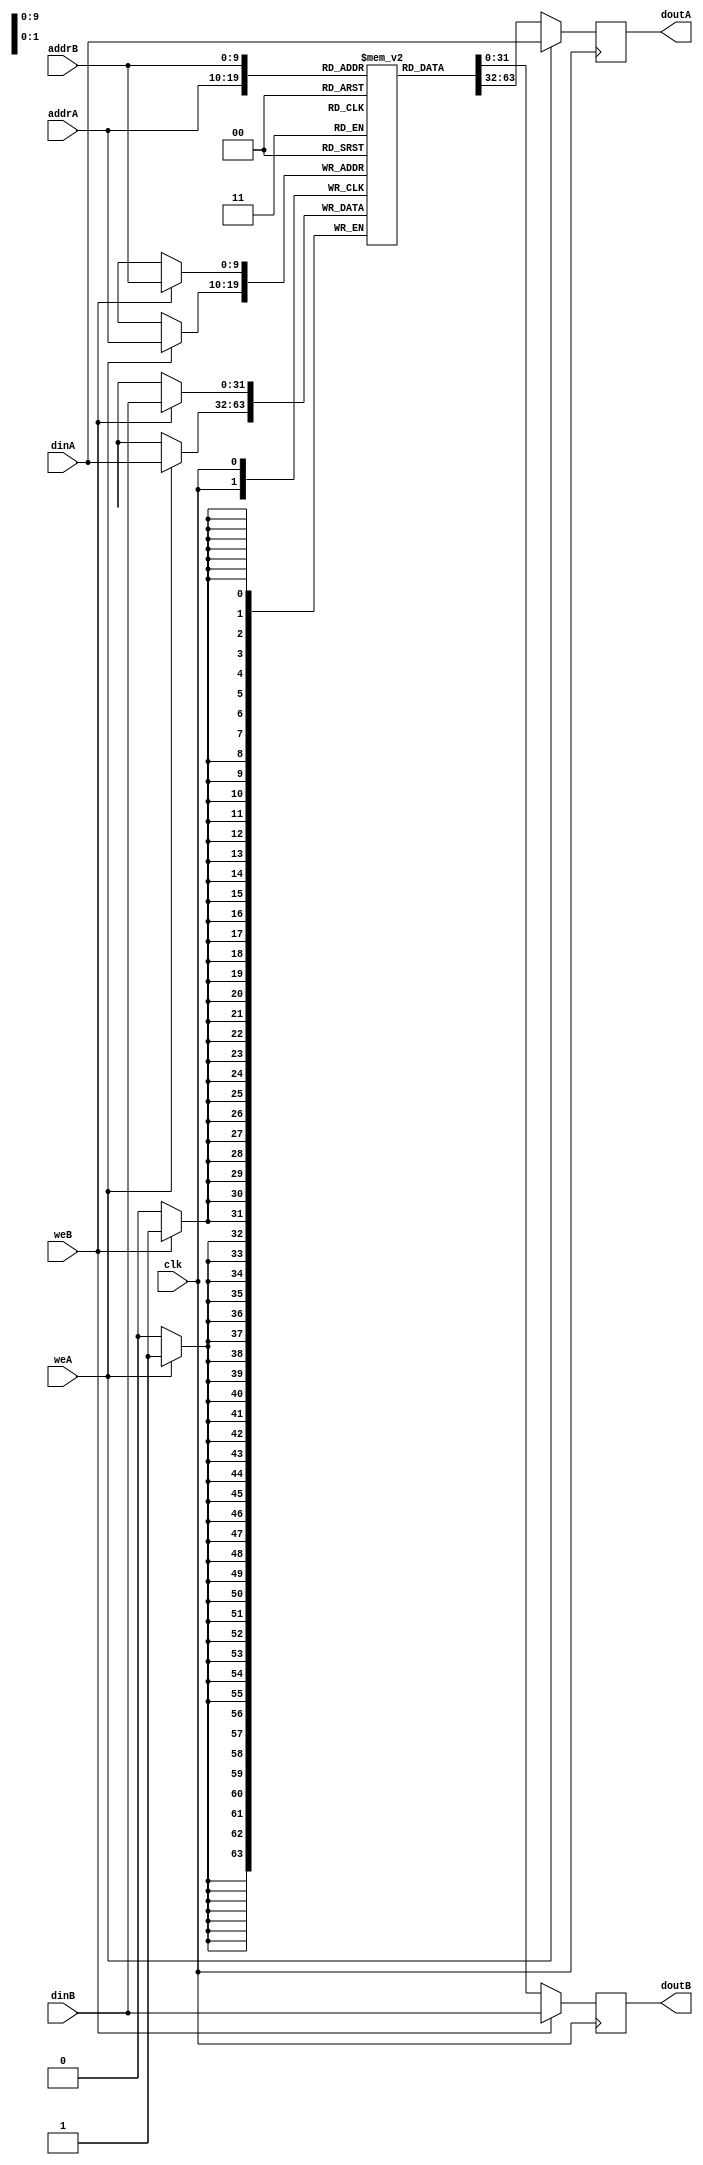
module ram_true_dp_wf_1024x32 (clk, weA, weB, addrA, addrB, dinA, dinB, doutA, doutB);
    input clk, weA, weB;
    input [9:0] addrA, addrB;
    input [31:0] dinA, dinB;
    output reg [31:0] doutA, doutB;
    
    reg [31:0] ram [1023:0];
    always @(posedge clk)
    begin
        if (weA) begin
            ram[addrA] <= dinA;
            doutA <= dinA;
        end
        else
            doutA <= ram[addrA];
    end

    always @(posedge clk)
    begin
        if (weB) begin
            ram[addrB] <= dinB;
            doutB <= dinB;
        end
        else
            doutB <= ram[addrB];
    end

endmodule